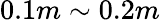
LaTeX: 0.1m\sim 0.2m